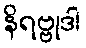
နိရဗ္ဗုဒါ